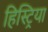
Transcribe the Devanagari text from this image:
हिस्ट्रिया